Annual report on the working of the mental hospitals in the Madras Presidency - 1912-1932
Year: 1912
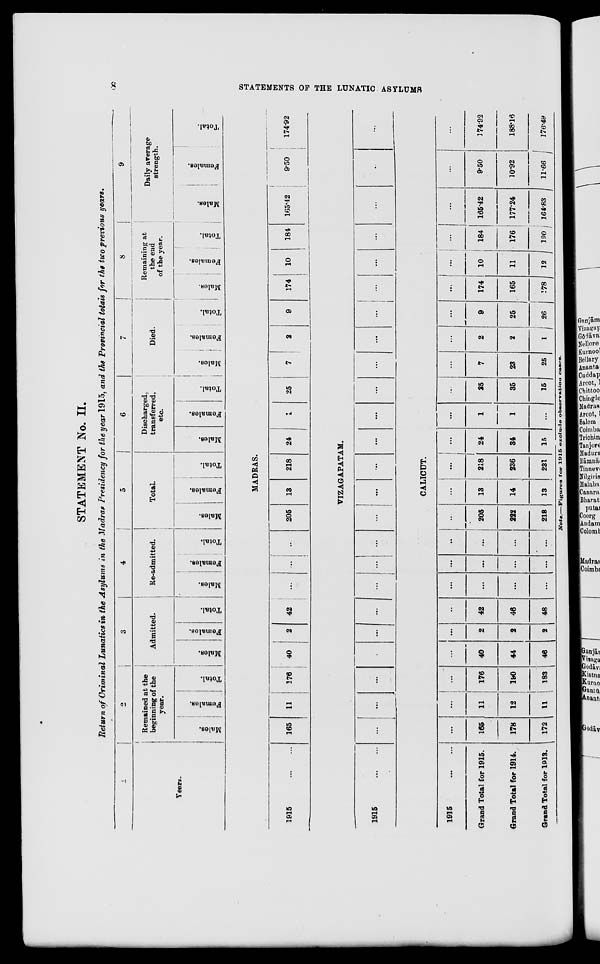
8
STATEMENTS OF THE LUNATIC ASYLUMS
STATEMENT No. II.
Return of Criminal Lunatics in the Asylums in the Madras Presidency for the year 1915, and the Provincial totals for the two previous years.
1
Years.
2
Remained at the
beginning of the
year.
Males.
Females.
Total.
3
Admitted.
Males.
Females.
Total.
4
Re-admitted.
Males.
Females.
Total.
5
Total.
Males.
Females.
Total.
6
Discharged,
transferred,
etc.
Males.
Females.
Total.
7
Died.
Males.
Females.
Total.
8
Remaining at
the end
of the year.
Males.
Females.
Total.
9
Daily average
strength.
Males.
Females.
Total.
MADRAS.
1915
...
...
165
11
176
40
2
42
...
...
...
205
13
218
24
1
25
7
2
9
174
10
184 165.42
9.50
174.92
VIZAGAPATAM.
1915
...
...
...
...
...
...
... ...
...
...
...
...
...
...
...
...
...
...
...
...
...
...
...
...
...
...
CALICUT.
1915
...
...
Grand Total for 1915.
Grand Total for 1914.
Grand Total for 1913.
...
165
178
172
...
11
12
11
...
176
190
183
...
40
44
46
...
2
2
2
...
42
46
48
...
...
...
...
...
...
...
...
...
...
...
...
...
205
222
218
...
13
14
13
...
218
236
231
...
24
34
15
...
1
1
...
...
25
35
15
...
7
23
25
...
2
2
1
...
9
25
26
...
174
165
178
...
10
11
12
...
184
176
190
...
165.42
177.24
164.83
...
9.50
10.92
11.66
...
174.92
188.16
176.49
Note.—Figures for 1915 exclude observation cases.